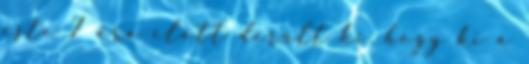
este 7 óra előtt de­rült ki, hogy ki a